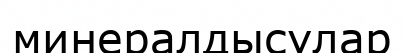
минералдысулар